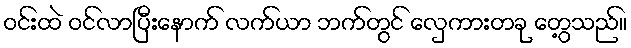
ဝင်းထဲ ဝင်လာပြီးနောက် လက်ယာ ဘက်တွင် လှေကားတခု တွေ့သည်။